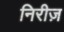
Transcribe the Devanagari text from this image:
निरीज़